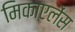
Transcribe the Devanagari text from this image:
मिकाएलेंस